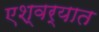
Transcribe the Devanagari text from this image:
एश्वर्यात